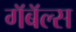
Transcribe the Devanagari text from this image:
गॅबॅल्स